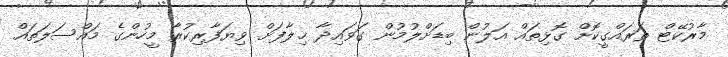
މާރުކޭޓް ތަރައްގީކޮށް ގޮޅިތައް އަލުން ބިޑަށްލުމުން ގަވައިދާ ޚިލާފަށް ވިޔަފާރިކުރާ މީހުންގެ މައްސަލަތައް